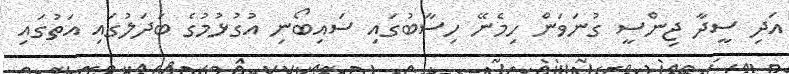
އަދި ސީދާ ޖިންސީ ގުނަވަން ހިމެނޭ ހިސާބުގައި ސައިބޯނި އުގުޅުމުގެ ބަދަލުގައި އަތުގައި